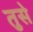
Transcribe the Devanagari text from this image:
तुसे